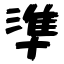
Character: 準